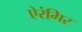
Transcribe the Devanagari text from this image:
ऐरंगिर